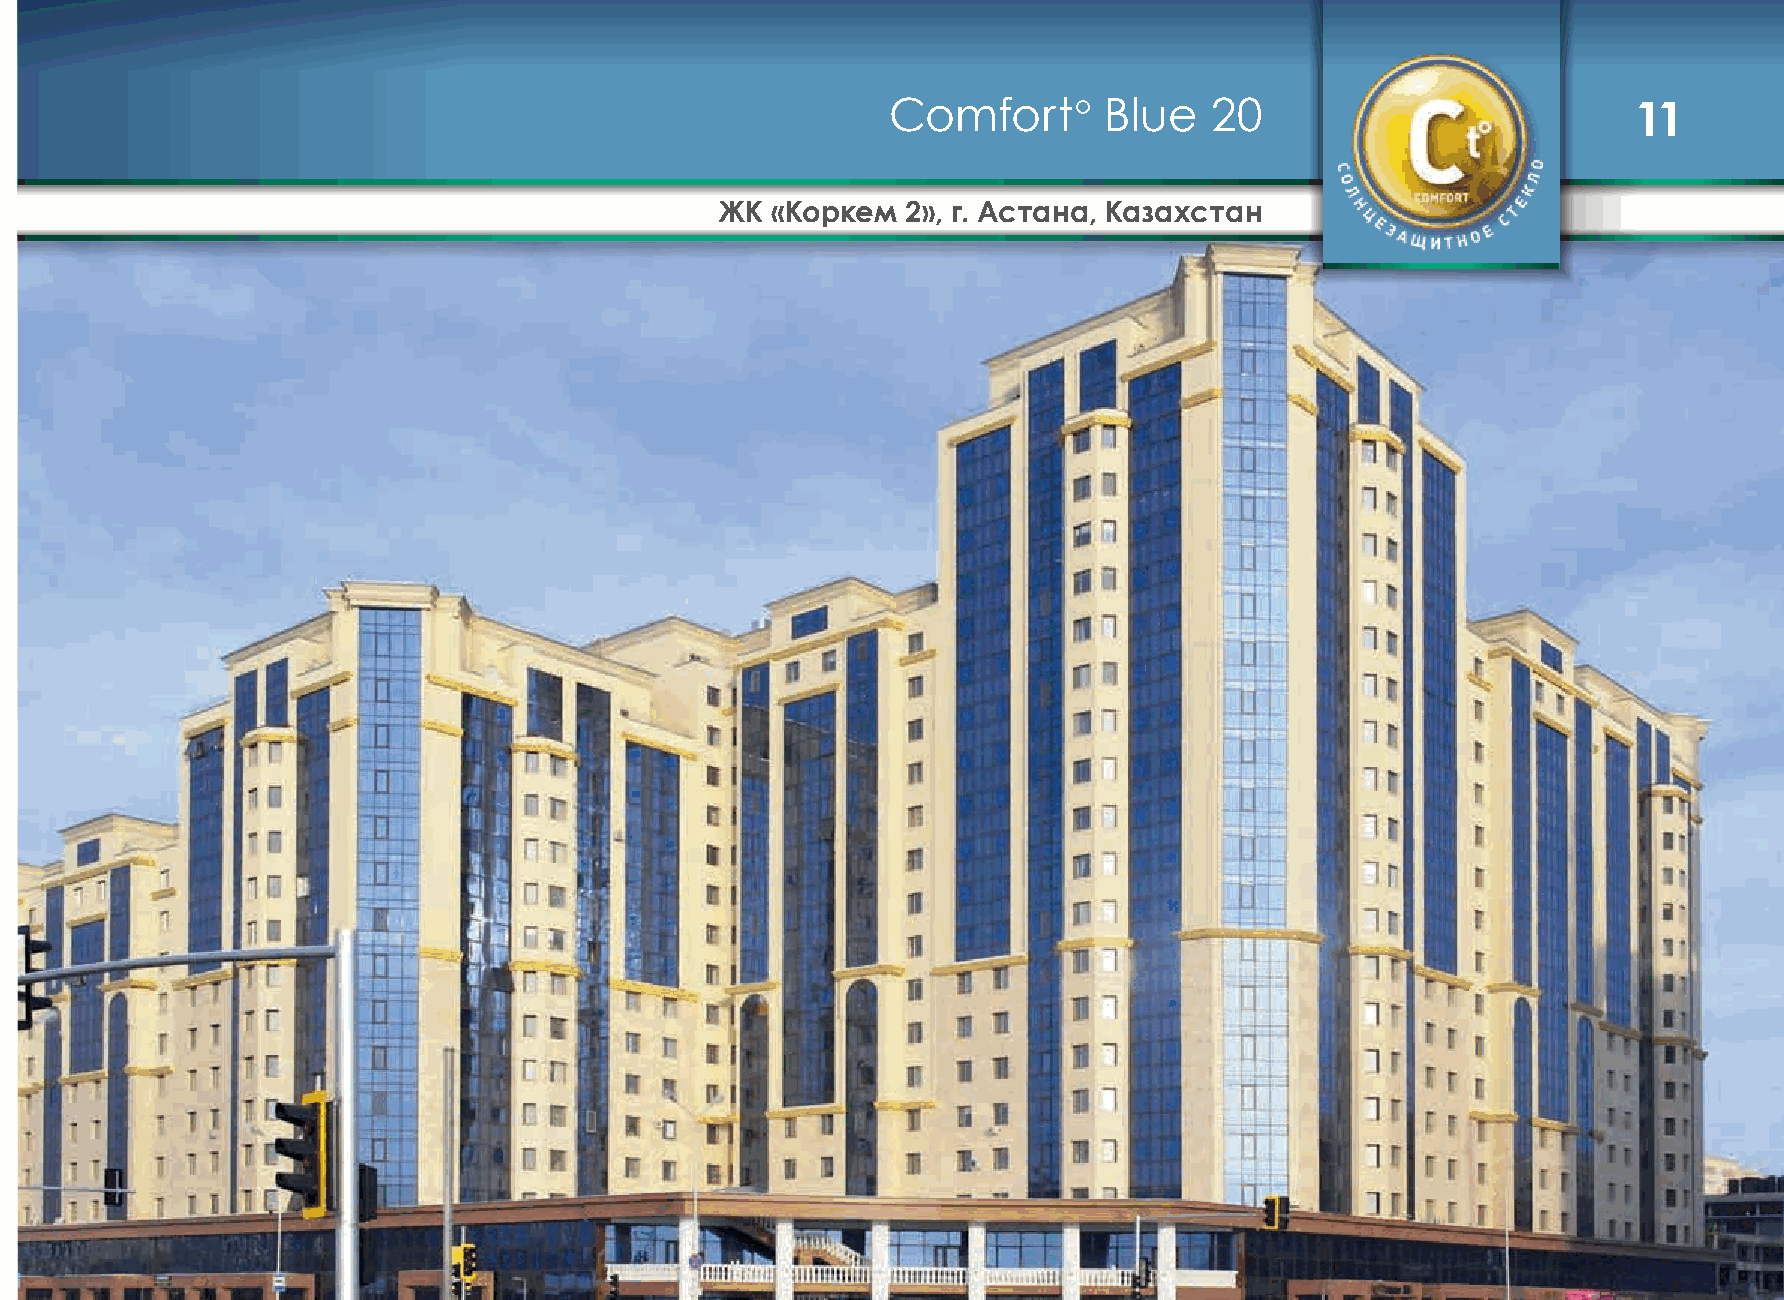
Comfort°      Blue   20                          11
 ЖК  «Коркем  2», г. Астана, Казахстан